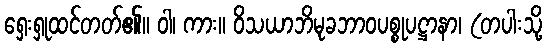
ရှေးရှုထင်တတ်၏။ ဝါ၊ ကား။ ဝိသယာဘိမုခဘာဝပစ္စုပဋ္ဌာနာ၊ (တပါးသို့